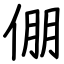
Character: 倗